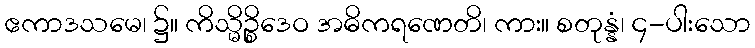
ဧကာဒသမေ၊ ၌။ ကိသ္မိဉ္စိဒေဝ အဓိကရဏေတိ၊ ကား။ စတုန္နံ၊ ၄-ပါးသော